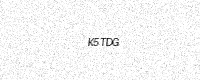
Text: K5TDG